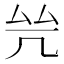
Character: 𠙃